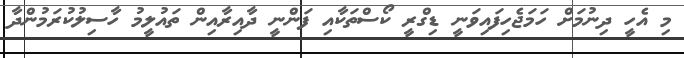
މި އެހީ ދިނުމަށް ހަމަޖެހިފައިވަނީ ޑިގްރީ ކޯސްތަކާއި ފަންނީ ދާއިރާއިން ތައުލީމު ހާސިލުކުރަމުންދާ